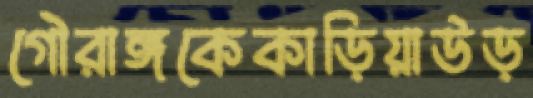
গৌরাঙ্গকেকাড়িয়াউড়